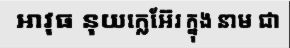
អាវុធ នុយក្លេអ៊ែរ ក្នុង នាម ជា